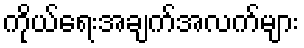
ကိုယ်ရေးအချက်အလက်များ